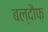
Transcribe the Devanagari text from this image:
बल्दौफ़